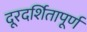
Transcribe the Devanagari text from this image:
दूरदर्शितापूर्ण